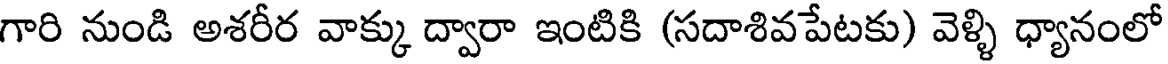
గారి నుండి అశరీర వాక్కు ద్వారా ఇంటికి (సదాశివపేటకు) వెళ్ళి ధ్యానంలో